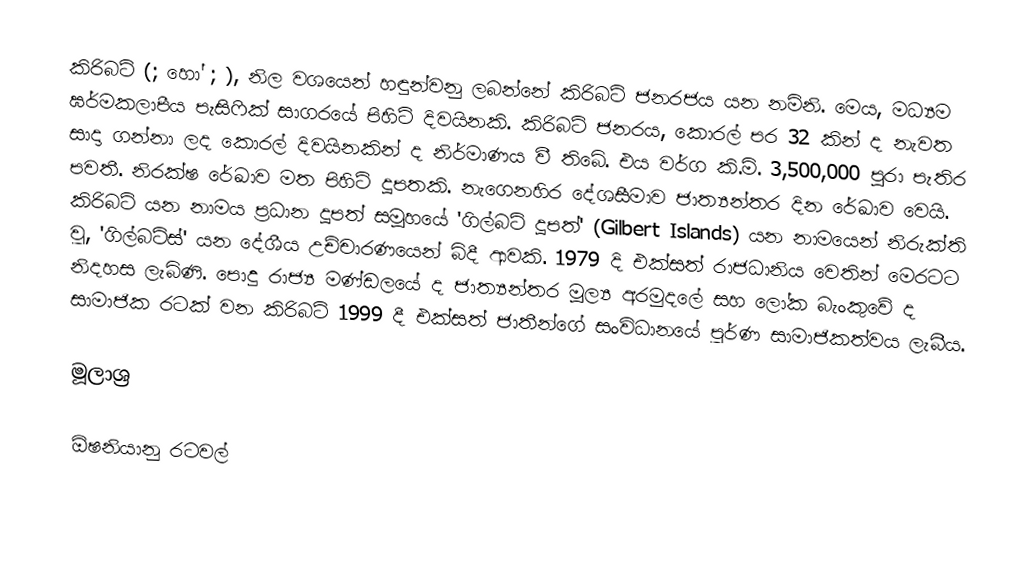
කිරිබටි (;  හෝ ; ),  නිල වශයෙන් හඳුන්වනු  ලබන්නේ කිරිබටි ජනරජය යන නමිනි. මෙය, මධ්‍යම ඝර්මකලාපීය පැසිෆික් සාගරයේ පිහිටි දිවයිනකි. කිරිබටි ජනරය, කොරල් පර 32 කින් ද නැවත සාදා ගන්නා ලද කොරල් දිවයිනකින් ද නිර්මාණය වී තිබේ. එය වර්ග කි.මි. 3,500,000 පුරා පැතිර පවතී. නිරක්ෂ රේඛාව මත පිහිටි දූපතකි. නැගෙනහිර දේශසීමාව ජාත්‍යන්තර දින රේඛාව වෙයි. කිරිබටි යන නාමය ප්‍රධාන දූපත් සමූහයේ 'ගිල්බට් දූපත්' (Gilbert Islands) යන නාමයෙන් නිරුක්ති වූ, 'ගිල්බට්ස්' යන දේශීය උච්චාරණයෙන් බිදී  ආවකි. 1979 දි එක්සත් රාජධානිය වෙතින්  මෙරටට නිදහස ලැබිණි.  පොදු රාජ්‍ය මණ්ඩලයේ ද ජාත්‍යන්තර මූල්‍ය අරමුදලේ සහ ලෝක බැංකුවේ ද සාමාජික  රටක් වන කිරිබටි 1999 දී එක්සත් ජාතීන්ගේ සංවිධානයේ පූර්ණ සාමාජිකත්වය ලැබීය.

මූලාශ්‍ර

ඕෂනියානු රටවල්